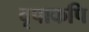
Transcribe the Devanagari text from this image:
वृषाकपि